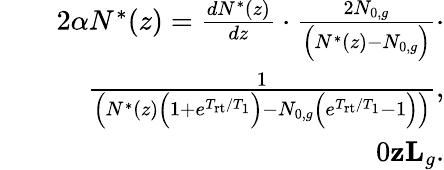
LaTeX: \begin{array}{rlr}&{}&{2\alpha N^{*}(z)=\frac{dN^{*}(z)}{dz}\cdot\frac{2N_{0,g}}{\Big(N^{*}(z)-N_{0,g}\Big)}\cdot}\\ &{}&{\frac{1}{\Big(N^{*}(z)\Big(1+e^{T_{\mathrm{rt}}/T_{1}}\Big)-N_{0,g}\Big(e^{T_{\mathrm{rt}}/T_{1}}-1\Big)\Big)},}\\ &{}&{0\le z\le L_{g}.}\end{array}